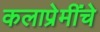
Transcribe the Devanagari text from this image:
कलाप्रेमींचे